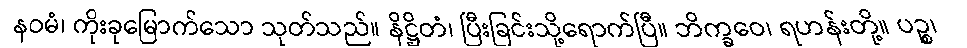
နဝမံ၊ ကိုးခုမြောက်သော သုတ်သည်။ နိဋ္ဌိတံ၊ ပြီးခြင်းသို့ရောက်ပြီ။ ဘိက္ခဝေ၊ ရဟန်းတို့။ ပဉ္စ၊